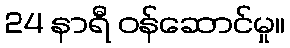
24 နာရီ ဝန်ဆောင်မှု။